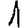
Digit: 1